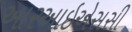
આરઆઇએસસી